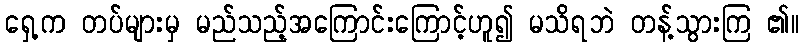
ရှေ့က တပ်များမှ မည်သည့်အကြောင်းကြောင့်ဟူ၍ မသိရဘဲ တန့်သွားကြ ၏။